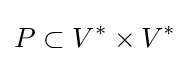
P\subset V^{*}\times V^{*}